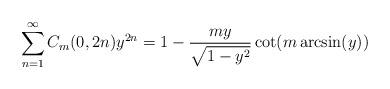
LaTeX: \begin{align*}\sum_{n=1}^{\infty}C_m(0,2n)y^{2n}=1-\frac{my}{\sqrt{1-y^2}}\cot(m\arcsin(y))\end{align*}